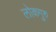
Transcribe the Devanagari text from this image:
लोकगुरु